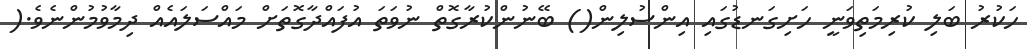
ހަކުރު ބަލި ކުރިމަތިވަނީ ހަށިގަނޑުގައި އިންސުލިން() ބޭނުންކުރާގޮތް ނުވަތަ އުފައްދާގޮތަށް މައްސަލައެއް ދިމާވުމުންނެވެ.(